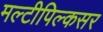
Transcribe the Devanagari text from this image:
मल्टीपिल्कसर